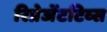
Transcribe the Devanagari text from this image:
रिप्रेजेंटटिव्स